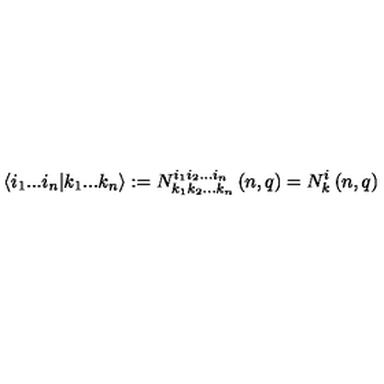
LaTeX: \langle i _ { 1 } . . . i _ { n } | k _ { 1 } . . . k _ { n } \rangle : = N _ { k _ { 1 } k _ { 2 } . . . k _ { n } } ^ { i _ { 1 } i _ { 2 } . . . i _ { n } } \left( n , q \right) = N _ { k } ^ { i } \left( n , q \right)